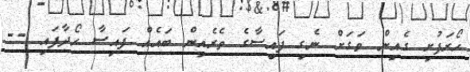
ހޯރަފުށި ގެއިން ވަގަށް ނެގި ފައިސާގެ ތެރެއިން ބައެއް ފައިސާ ހޯދާފައި --